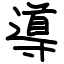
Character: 導